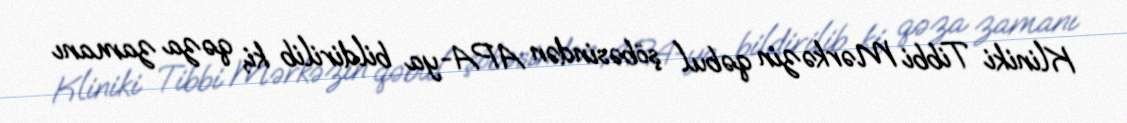
Kliniki Tibbi Mərkəzin qəbul şöbəsindən APA-ya bildirilib ki, qəza zamanı